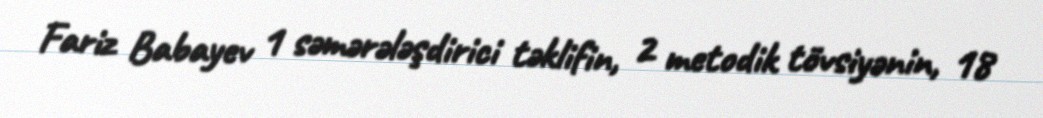
Fariz Babayev 1 səmərələşdirici təklifin, 2 metodik tövsiyənin, 18